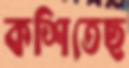
কশিতেছ